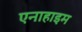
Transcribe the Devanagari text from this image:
एनाहाइम